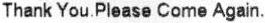
THANK YOU.PLEASE COME AGAIN.